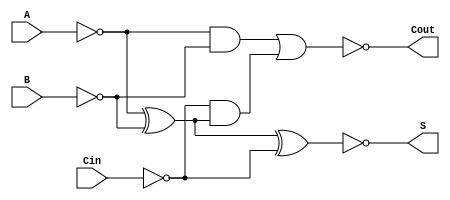
module NegativeCircuitFullAdder (
    input wire A,     // First binary input
    input wire B,     // Second binary input
    input wire Cin,   // Carry-in input
    output wire S,    // Sum output
    output wire Cout   // Carry-out output
);

// Inverted inputs
wire A_inv = ~A;
wire B_inv = ~B;
wire Cin_inv = ~Cin;

// Intermediate signals for sum and carry-out calculations
wire sum_intermediate;
wire carry_intermediate1;
wire carry_intermediate2;

// Calculate the sum output (in negative logic)
assign sum_intermediate = A_inv ^ B_inv ^ Cin_inv; // S' = A'  B'  Cin'
assign S = ~sum_intermediate; // S = (S')'

// Calculate the carry-out output (in negative logic)
assign carry_intermediate1 = A_inv & B_inv; // A'  B'
assign carry_intermediate2 = Cin_inv & (A_inv ^ B_inv); // Cin'  (A'  B')
assign Cout = ~(carry_intermediate1 | carry_intermediate2); // Cout = (Cout')'

// End of module
endmodule